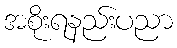
အစိုးရနည်းပညာ